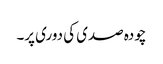
چودہ صدی کی دوری پر۔